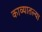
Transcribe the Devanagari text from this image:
काव्यातल्या